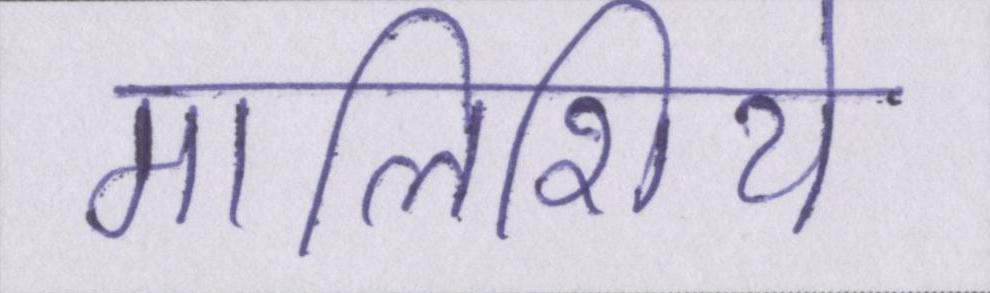
मालिशिये